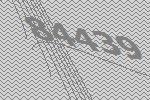
84439